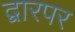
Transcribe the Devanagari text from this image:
द्वारपर